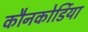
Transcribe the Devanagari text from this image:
कौनकोर्डिया